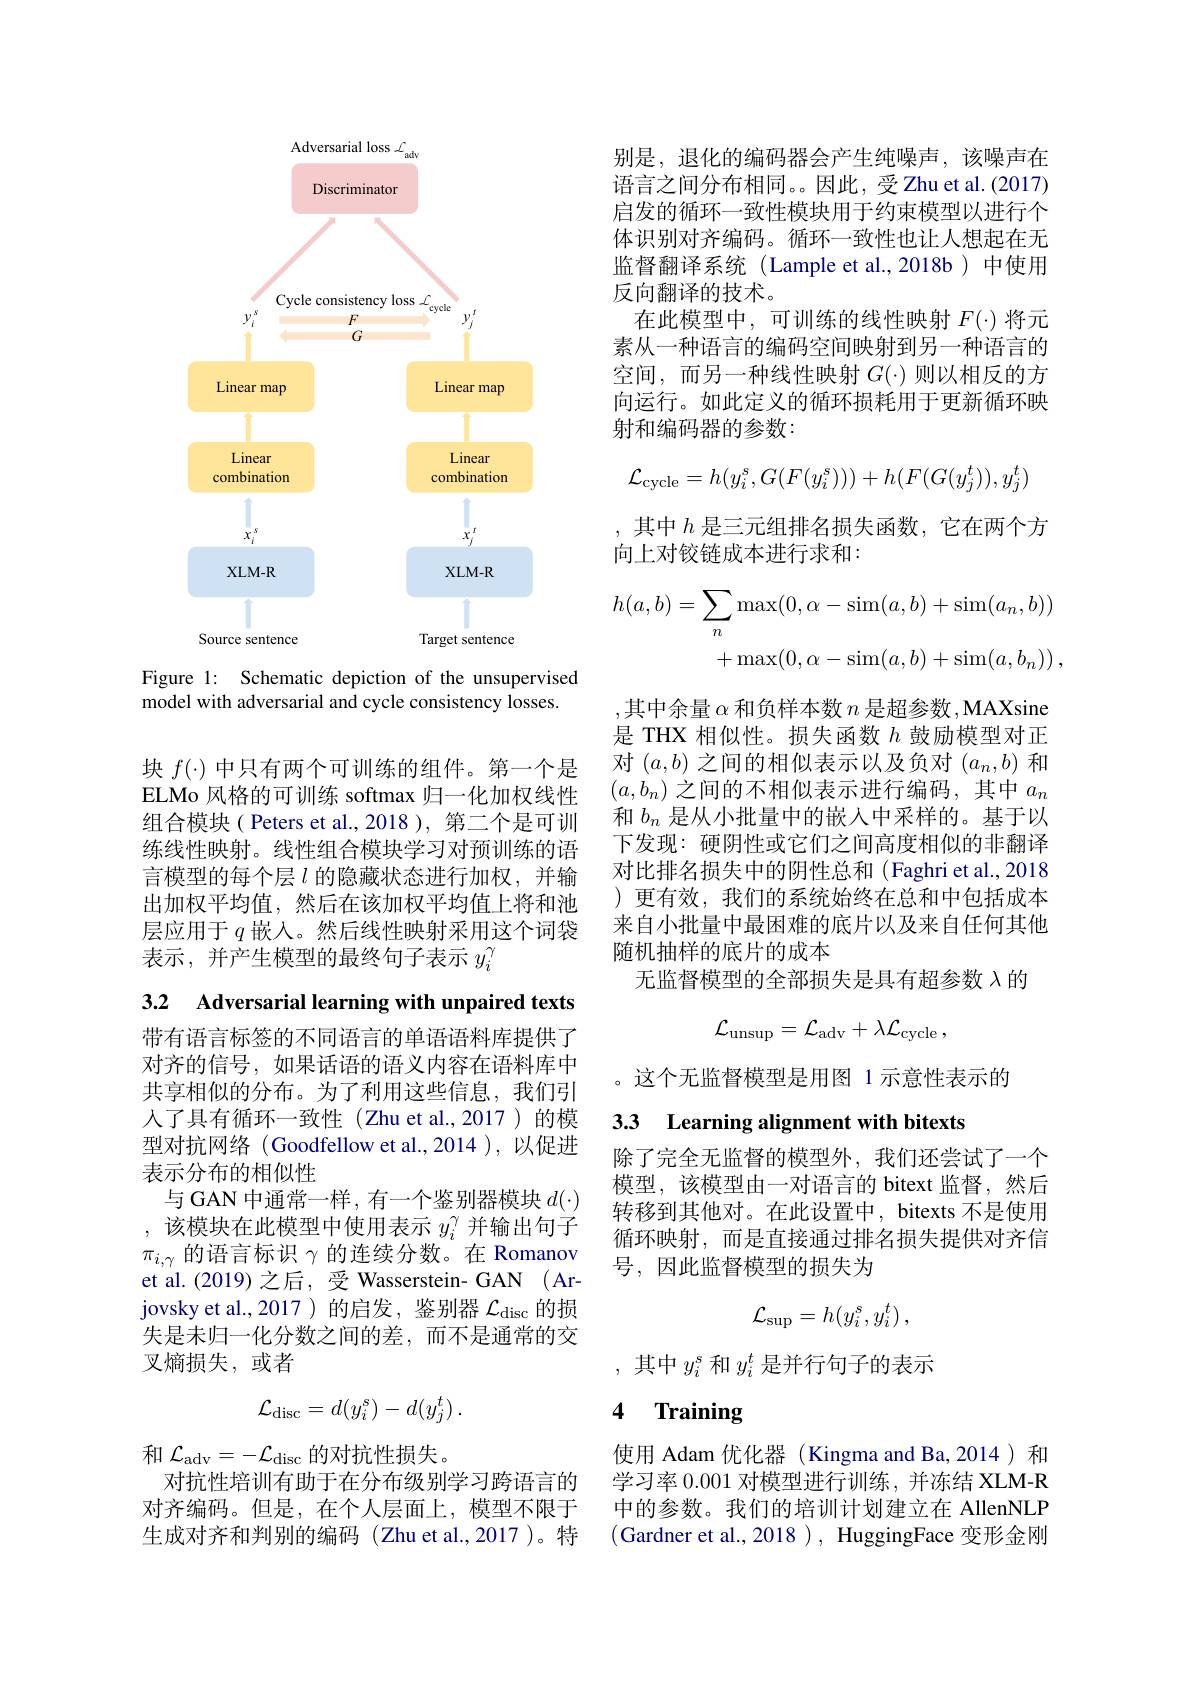
<FigureHere>
Figure 1: Schematic depiction of the unsupervised

model with adversarial and cycle consistency losses.

块$f(\cdot)$中只有两个可训练的组件。第一个是ELMo 风格的可训练 softmax 归一化加权线性组合模块( Peters et al.,2018 ), 第二个是可训练线性映射。线性组合模块学习对预训练的语言模型的每个层$\iota$ 的隐藏状态进行加权，并输出加权平均值，然后在该加权平均值上将和池层应用于$q$嵌入。然后线性映射采用这个词袋表示，并产生模型的最终句子表示$y_i^\gamma$

3.2 Adversarial learning with unpaired texts

带有语言标签的不同语言的单语语料库提供了对齐的信号，如果话语的语义内容在语料库中共享相似的分布。为了利用这些信息，我们引人了具有循环一致性(Zhu et al.,2017)的模型对抗网络(Goodfellow et al.,2014 ),以促进表示分布的相似性
与 GAN 中通常一样，有一个鉴别器模块$d(\cdot)$ ,该模块在此模型中使用表示$y_i^\gamma$并输出句子$\pi_{i,\gamma}$的语言标识$\gamma$的连续分数。在 Romanov et al. (2019) 之后，受 Wasserstein- GAN ( Arjovsky et al.,2017 )的启发，鉴别器$\mathcal{L}_\mathrm{disc}$的损失是未归一化分数之间的差，而不是通常的交叉熵损失，或者
$$\mathcal{L}_{\mathrm{disc}}=d(y_i^s)-d(y_j^t)\:.$$
和$\mathcal{L}_{\mathrm{adv}}=-\mathcal{L}_{\mathrm{disc}}$的对抗性损失。
对抗性培训有助于在分布级别学习跨语言的对齐编码。但是，在个人层面上，模型不限于生成对齐和判别的编码 (Zhu et al.,2017 )。特

别是，退化的编码器会产生纯噪声，该噪声在语言之间分布相同。因此，受Zhu et al.(2017) 启发的循环一致性模块用于约束模型以进行个体识别对齐编码。循环一致性也让人想起在无监督翻译系统(Lample et al.,2018b)中使用反向翻译的技术。
在此模型中，可训练的线性映射$F(\cdot)$将元素从一种语言的编码空间映射到另一种语言的空间，而另一种线性映射$G(\cdot)$则以相反的方向运行。如此定义的循环损耗用于更新循环映射和编码器的参数：
$$\mathcal{L}_{\mathrm{cycle}}=h(y_i^s,G(F(y_i^s)))+h(F(G(y_j^t)),y_j^t)$$
,其中$h$是三元组排名损失函数，它在两个方
向上对铰链成本进行求和：
$$\begin{aligned}h(a,b)&=\sum_{n}\max(0,\alpha-\sin(a,b)+\sin(a_{n},b))\\&+\max(0,\alpha-\sin(a,b)+\sin(a,b_{n}))\:,\end{aligned}$$
,其中余量 $\alpha$ 和负样本数 $n$ 是超参数，MAXsine 是 THX 相似性。损失函数$h$鼓励模型对正对$(a,b)$之间的相似表示以及负对$(a_n,b)$和$(a,b_n)$之间的不相似表示进行编码，其中$a_n$ 和$b_n$是从小批量中的嵌入中采样的。基于以下发现：硬阴性或它们之间高度相似的非翻译对比排名损失中的阴性总和(Faghri et al., 2018 )更有效，我们的系统始终在总和中包括成本来自小批量中最困难的底片以及来自任何其他随机抽样的底片的成本
无监督模型的全部损失是具有超参数$\lambda$的
$$\mathcal{L}_{\mathrm{unsup}}=\mathcal{L}_{\mathrm{adv}}+\lambda\mathcal{L}_{\mathrm{cycle}}\:,$$
。这个无监督模型是用图 1 示意性表示的

## 3.3 Learning alignment with bitexts

除了完全无监督的模型外，我们还尝试了一个模型，该模型由一对语言的 bitext 监督，然后转移到其他对。在此设置中，bitexts 不是使用循环映射，而是直接通过排名损失提供对齐信号，因此监督模型的损失为
$$\mathcal{L}_{\sup}=h(y_i^s,y_i^t)\:,$$
,其中$y_i^s$和$y_i^t$是并行句子的表示

### 4 $\textbf{Training}$

使用 Adam 优化器(Kingma and Ba,2014)和学习率0.001对模型进行训练，并冻结 XLM-R 中的参数。我们的培训计划建立在 AllenNLP (Gardner et al., 2018 ), HuggingFace 变形金刚